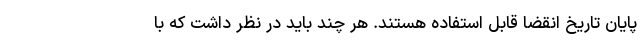
پایان تاریخ انقضا قابل استفاده هستند. هر چند باید در نظر داشت که با